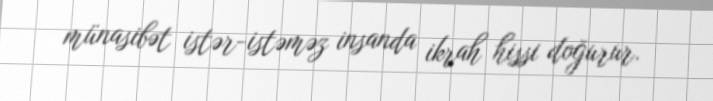
münasibət istər-istəməz insanda ikrah hissi doğurur.